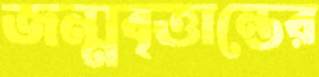
জন্মবৃত্তান্তের